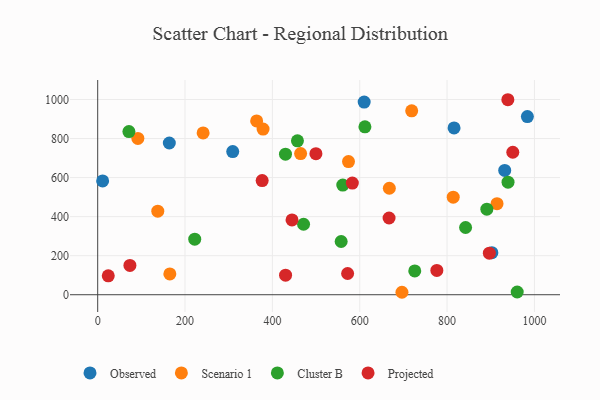
{"axis": {"x": "Investment", "y": "Sales"}, "legend": ["Cluster B", "Observed", "Projected", "Scenario 1"], "data": [{"x": "816.0", "y": 854.6, "type": "Observed"}, {"x": "164.0", "y": 777.2, "type": "Observed"}, {"x": "983.9", "y": 912.8, "type": "Observed"}, {"x": "932.0", "y": 636.6, "type": "Observed"}, {"x": "309.2", "y": 733.2, "type": "Observed"}, {"x": "902.6", "y": 215.5, "type": "Observed"}, {"x": "11.3", "y": 582.9, "type": "Observed"}, {"x": "610.2", "y": 986.7, "type": "Observed"}, {"x": "814.1", "y": 499.7, "type": "Scenario 1"}, {"x": "696.7", "y": 12.5, "type": "Scenario 1"}, {"x": "574.3", "y": 681.9, "type": "Scenario 1"}, {"x": "914.4", "y": 466.2, "type": "Scenario 1"}, {"x": "667.8", "y": 545.5, "type": "Scenario 1"}, {"x": "378.7", "y": 848.7, "type": "Scenario 1"}, {"x": "137.6", "y": 428.2, "type": "Scenario 1"}, {"x": "364.0", "y": 890.5, "type": "Scenario 1"}, {"x": "719.0", "y": 942.2, "type": "Scenario 1"}, {"x": "92.0", "y": 800.8, "type": "Scenario 1"}, {"x": "464.6", "y": 722.8, "type": "Scenario 1"}, {"x": "241.4", "y": 828.7, "type": "Scenario 1"}, {"x": "165.2", "y": 106.6, "type": "Scenario 1"}, {"x": "471.4", "y": 360.9, "type": "Cluster B"}, {"x": "891.1", "y": 438.1, "type": "Cluster B"}, {"x": "561.2", "y": 561.7, "type": "Cluster B"}, {"x": "611.9", "y": 860.1, "type": "Cluster B"}, {"x": "430.0", "y": 720.0, "type": "Cluster B"}, {"x": "71.5", "y": 835.5, "type": "Cluster B"}, {"x": "222.2", "y": 284.6, "type": "Cluster B"}, {"x": "726.0", "y": 121.9, "type": "Cluster B"}, {"x": "960.6", "y": 13.9, "type": "Cluster B"}, {"x": "457.4", "y": 788.1, "type": "Cluster B"}, {"x": "842.4", "y": 344.4, "type": "Cluster B"}, {"x": "557.5", "y": 272.7, "type": "Cluster B"}, {"x": "939.6", "y": 576.5, "type": "Cluster B"}, {"x": "776.6", "y": 124.5, "type": "Projected"}, {"x": "499.7", "y": 722.6, "type": "Projected"}, {"x": "896.8", "y": 212.8, "type": "Projected"}, {"x": "572.3", "y": 108.6, "type": "Projected"}, {"x": "667.2", "y": 392.9, "type": "Projected"}, {"x": "430.2", "y": 100.1, "type": "Projected"}, {"x": "583.1", "y": 571.8, "type": "Projected"}, {"x": "73.8", "y": 149.8, "type": "Projected"}, {"x": "24.2", "y": 96.9, "type": "Projected"}, {"x": "445.0", "y": 382.9, "type": "Projected"}, {"x": "950.5", "y": 729.9, "type": "Projected"}, {"x": "376.6", "y": 584.6, "type": "Projected"}, {"x": "939.2", "y": 998.9, "type": "Projected"}]}